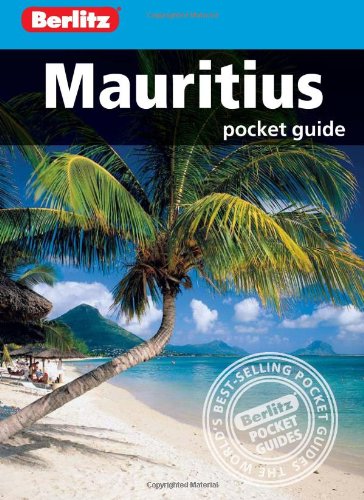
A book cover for Berlitz: Mauritius Pocket Guide (Berlitz Pocket Guides); Travel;